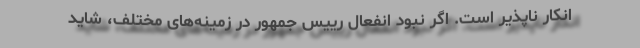
انکار ناپذیر است. اگر نبود انفعال رییس جمهور در زمینه‌های مختلف، شاید